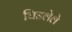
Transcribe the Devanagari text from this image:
चिडलेले